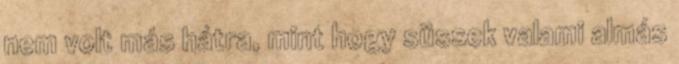
nem volt más hátra, mint hogy süssek valami almás